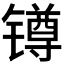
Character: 𨱔